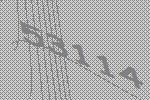
53114